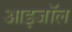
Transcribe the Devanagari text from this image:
आइजॉल